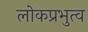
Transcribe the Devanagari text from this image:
लोकप्रभुत्व